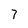
Character: 7